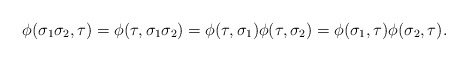
\begin{align*}\phi(\sigma_1 \sigma_2, \tau) = \phi(\tau, \sigma_1 \sigma_2) = \phi(\tau, \sigma_1) \phi(\tau, \sigma_2) = \phi(\sigma_1, \tau) \phi(\sigma_2, \tau).\end{align*}